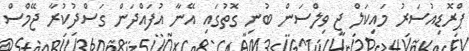
ޕްރޮޑިއުސަރު މައިކަލް ޖީ ވިލްސަން ބުނި ގޮތުގައި އޭނާ އުފައްދަން ގަސްދުކުރާ ޖޭމްސް